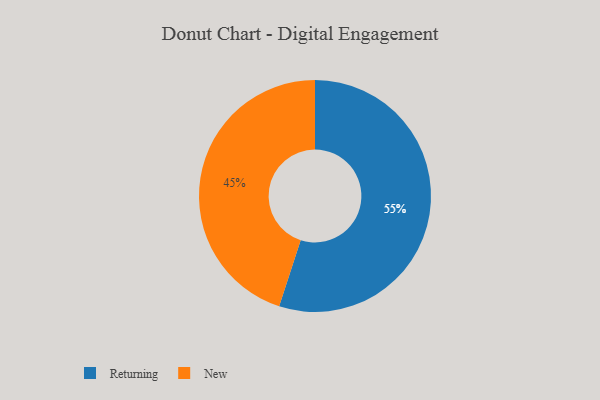
{"axis": {"x": "Category", "y": "Percentage"}, "legend": ["New", "Returning"], "data": [{"x": "Returning", "y": 55, "type": "Returning"}, {"x": "New", "y": 45, "type": "New"}]}